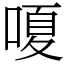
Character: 嗄